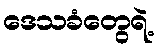
ဒေသခံတွေရဲ့